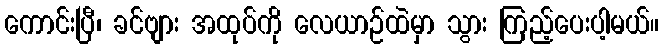
ကောင်းပြီ၊ ခင်ဗျား အထုပ်ကို လေယာဉ်ထဲမှာ သွား ကြည့်ပေးပါ့မယ်။